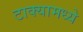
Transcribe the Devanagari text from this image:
टाक्यामध्ये